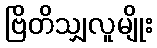
ဗြိတိသျှလူမျိုး